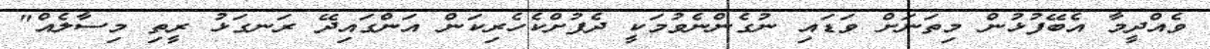
ވެއްދީމާ އެބޭފުޅުން މިތަނަށް ވަޑައި ނުގެންނެވުމަކީ ދެފުށްކެހެރިކަން އަންގައިދޭ ރަނގަޅު ރީތި މިސާލެއް"